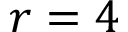
r = 4